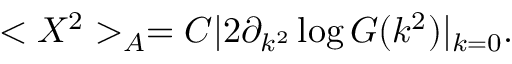
< X ^ { 2 } > _ { \cal { A } } = C | 2 \partial _ { k ^ { 2 } } \log G ( k ^ { 2 } ) | _ { k = 0 } .